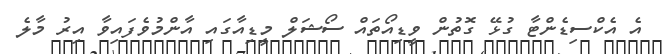
އެ އެކްސިޑެންޓާ ގުޅޭ ގޮތުން ވީޑިއޯތައް ސޯޝަލް މީޑިއާގައި އާންމުވެފައިވާ އިރު މާލެ